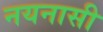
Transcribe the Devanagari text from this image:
नयनासी